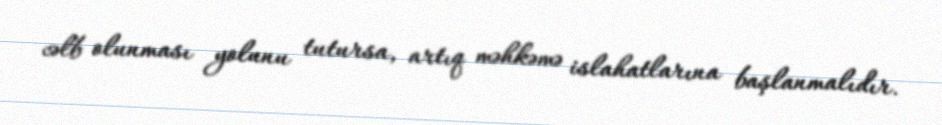
cəlb olunması yolunu tutursa, artıq məhkəmə islahatlarına başlanmalıdır.